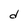
Character: d